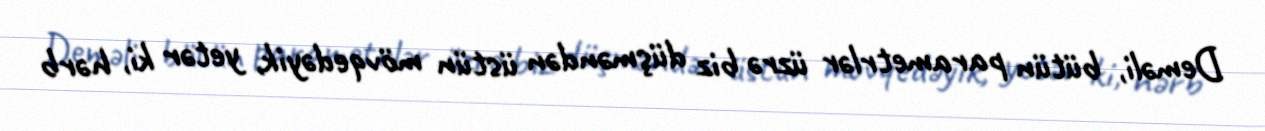
Deməli, bütün parametrlər üzrə biz düşməndən üstün mövqedəyik, yetər ki, hərb